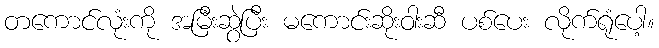
တကောင်လုံးကို အမြီးဆွဲပြီး မကောင်းဆိုးဝါးဆီ ပစ်ပေး လိုက်ရုံပေါ့။